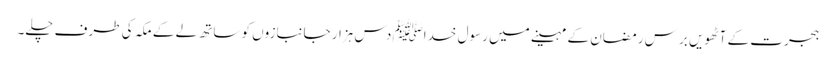
ہجرت کے آٹھویں برس رمضان کے مہینے میں رسول خداﷺ دس ہزار جانبازوں کو ساتھ لے کے مکہ کی طرف چلے۔